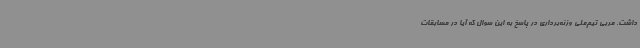
داشت. مربی تیم‌ملی وزنه‌برداری در پاسخ به این سوال که آیا در مسابقات